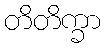
တိတိက္ခာ